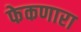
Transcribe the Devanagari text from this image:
फेकणारा